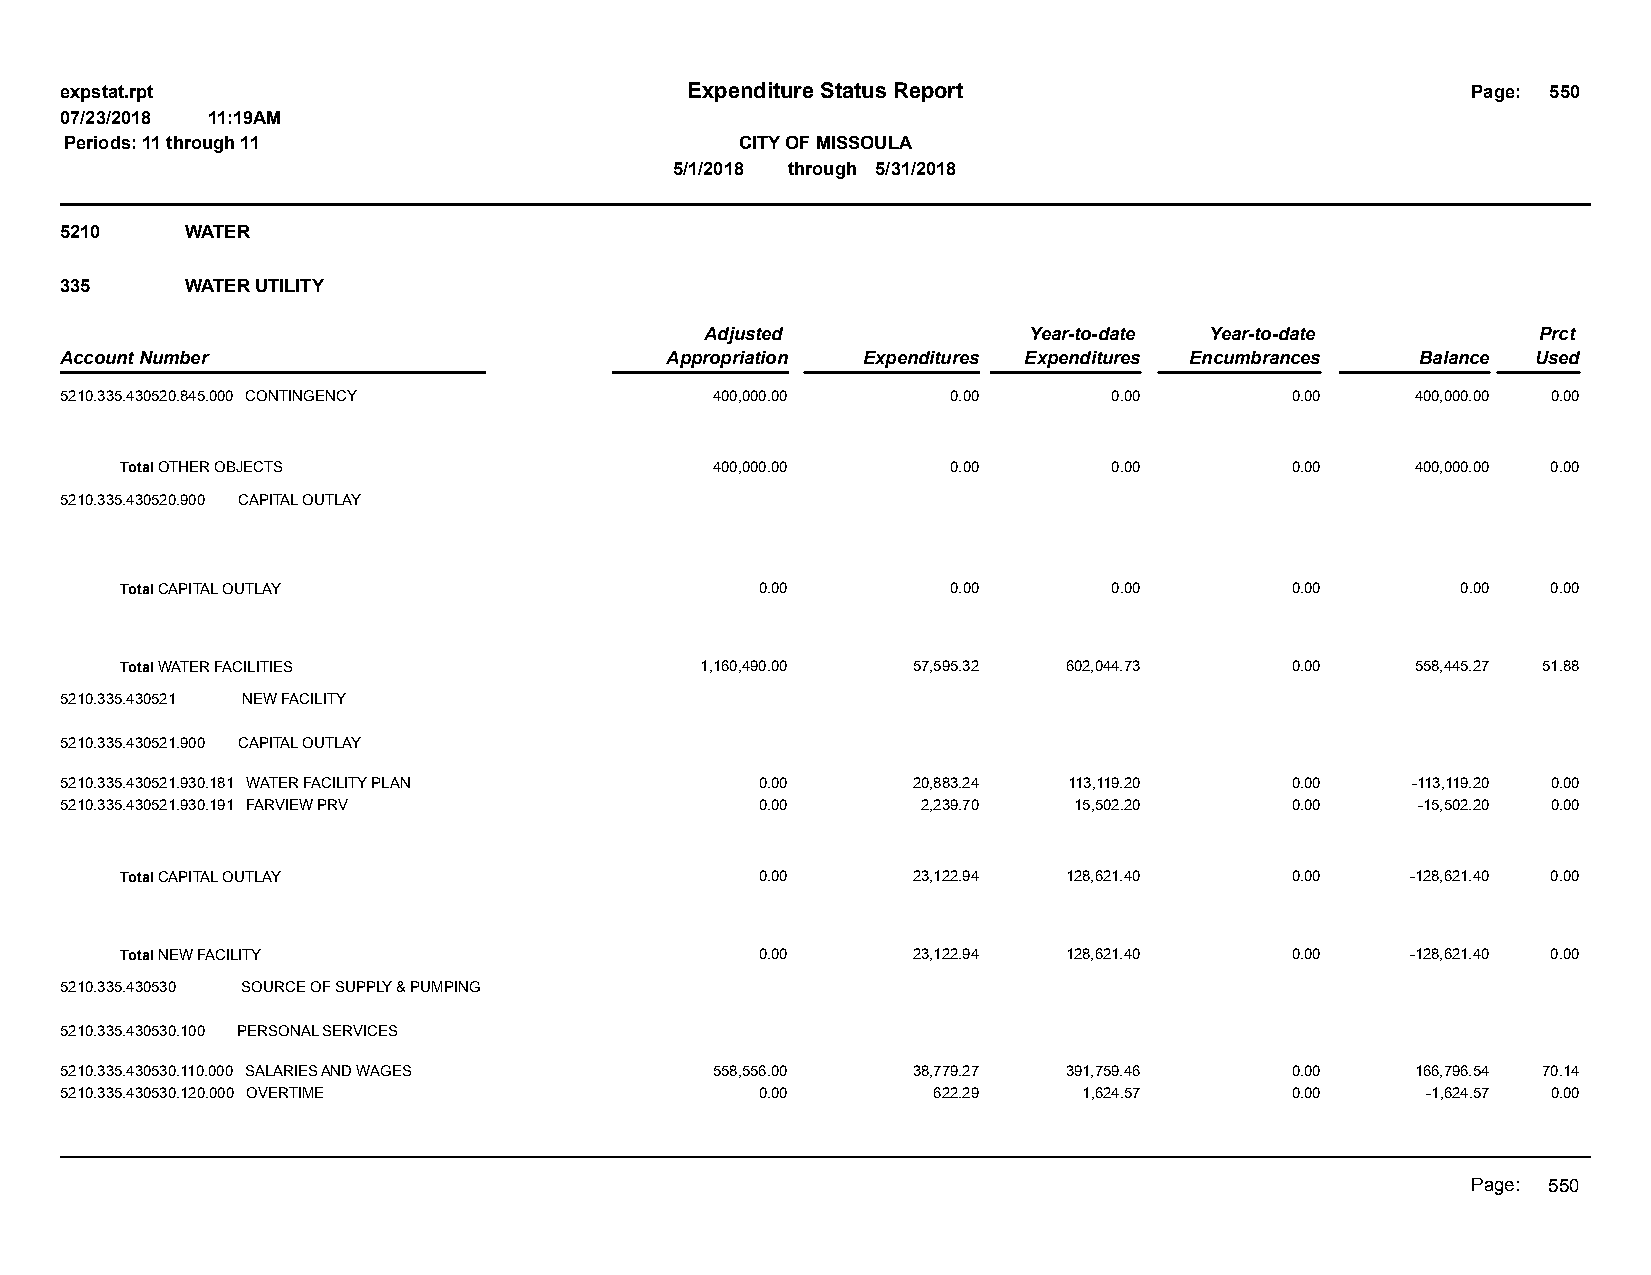
expstat.rpt                              Expenditure Status Report                           Page: 550
 07/23/2018 11:19AM
 Periods: 11 through 11                       CITY OF MISSOULA
 5/1/2018 through 5/31/2018
 5210    WATER
 335     WATER UTILITY
 Adjusted             Year-to-date Year-to-date         Prct
 Account Number                          Appropriation Expenditures Expenditures Encumbrances Balance Used
 5210.335.430520.845.000 CONTINGENCY        400,000.00      0.00       0.00       0.00     400,000.00 0.00
 Total OTHER OBJECTS                    400,000.00      0.00       0.00       0.00     400,000.00 0.00
 5210.335.430520.900 CAPITAL OUTLAY
 Total CAPITAL OUTLAY                      0.00         0.00       0.00       0.00        0.00  0.00
 Total WATER FACILITIES                1,160,490.00  57,595.32  602,044.73    0.00     558,445.27 51.88
 5210.335.430521 NEW FACILITY
 5210.335.430521.900 CAPITAL OUTLAY
 5210.335.430521.930.181 WATER FACILITY PLAN   0.00      20,883.24  113,119.20    0.00    -113,119.20 0.00
 5210.335.430521.930.191 FARVIEW PRV           0.00       2,239.70  15,502.20     0.00     -15,502.20 0.00
 Total CAPITAL OUTLAY                      0.00      23,122.94  128,621.40    0.00    -128,621.40 0.00
 Total NEW FACILITY                        0.00      23,122.94  128,621.40    0.00    -128,621.40 0.00
 5210.335.430530 SOURCE OF SUPPLY & PUMPING
 5210.335.430530.100 PERSONAL SERVICES
 5210.335.430530.110.000 SALARIES AND WAGES 558,556.00   38,779.27  391,759.46    0.00     166,796.54 70.14
 5210.335.430530.120.000 OVERTIME              0.00        622.29    1,624.57     0.00     -1,624.57 0.00
 Page: 550